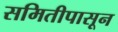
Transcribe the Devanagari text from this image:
समितीपासून